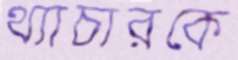
থ্যাচারকে